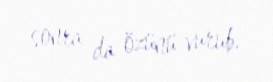
sonra da özünü vurub.